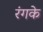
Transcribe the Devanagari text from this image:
रंगके